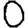
Digit: 0